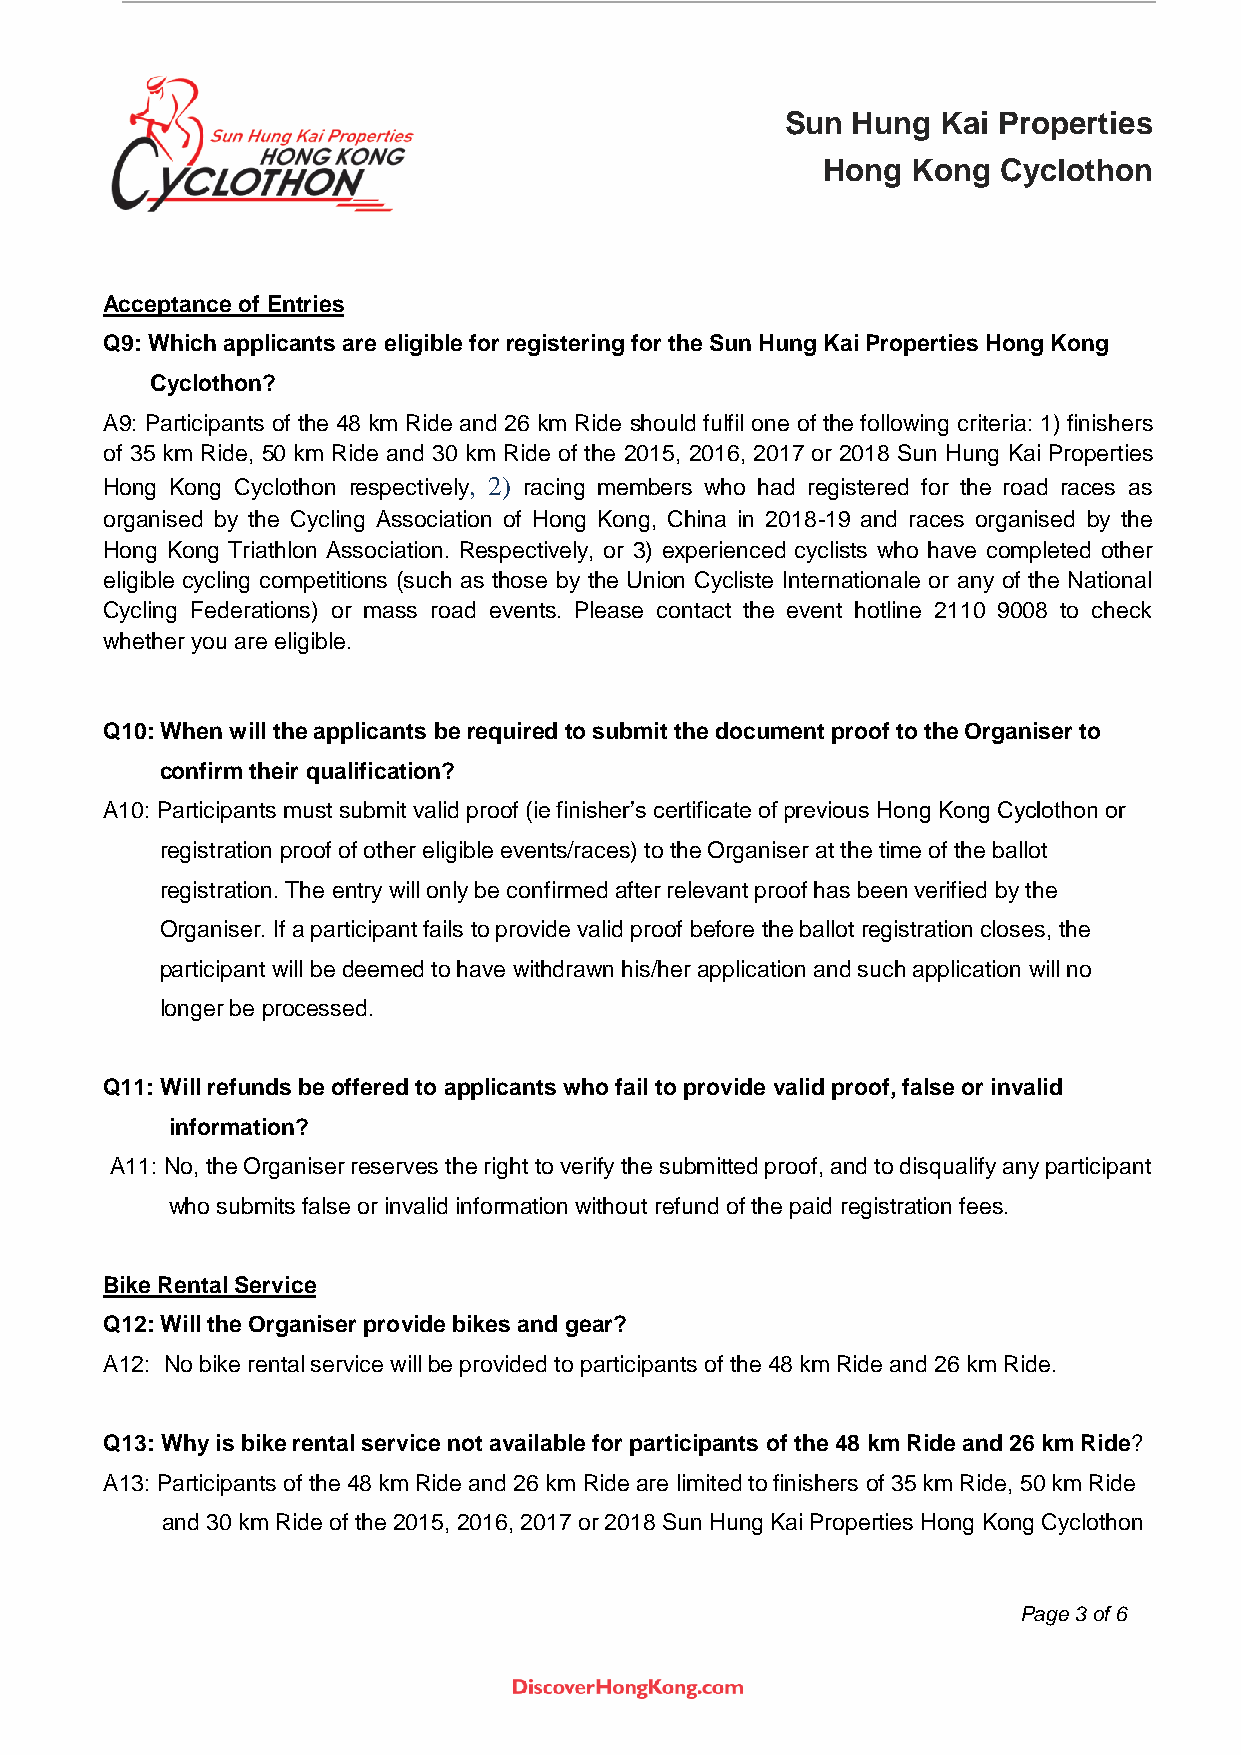
Sun Hung  Kai Properties
 Hong  Kong  Cyclothon
 Acceptance of Entries
 Q9: Which applicants are eligible for registering for the Sun Hung Kai Properties Hong Kong
 Cyclothon?
 A9: Participants of the 48 km Ride and 26 km Ride should fulfil one of the following criteria: 1) finishers
 of 35 km Ride, 50 km Ride and 30 km Ride of the 2015, 2016, 2017 or 2018 Sun Hung Kai Properties
 Hong Kong Cyclothon respectively, 2) racing members who had registered for the road races as
 organised by the Cycling Association of Hong Kong, China in 2018-19 and races organised by the
 Hong Kong Triathlon Association. Respectively, or 3) experienced cyclists who have completed other
 eligible cycling competitions (such as those by the Union Cycliste Internationale or any of the National
 Cycling Federations) or mass road events. Please contact the event hotline 2110 9008 to check
 whether you are eligible.
 Q10: When will the applicants be required to submit the document proof to the Organiser to
 confirm their qualification?
 A10: Participants must submit valid proof (ie finisher’s certificate of previous Hong Kong Cyclothon or
 registration proof of other eligible events/races) to the Organiser at the time of the ballot
 registration. The entry will only be confirmed after relevant proof has been verified by the
 Organiser. If a participant fails to provide valid proof before the ballot registration closes, the
 participant will be deemed to have withdrawn his/her application and such application will no
 longer be processed.
 Q11: Will refunds be offered to applicants who fail to provide valid proof, false or invalid
 information?
 A11: No, the Organiser reserves the right to verify the submitted proof, and to disqualify any participant
 who submits false or invalid information without refund of the paid registration fees.
 Bike Rental Service
 Q12: Will the Organiser provide bikes and gear?
 A12: No bike rental service will be provided to participants of the 48 km Ride and 26 km Ride.
 Q13: Why is bike rental service not available for participants of the 48 km Ride and 26 km Ride?
 A13: Participants of the 48 km Ride and 26 km Ride are limited to finishers of 35 km Ride, 50 km Ride
 and 30 km Ride of the 2015, 2016, 2017 or 2018 Sun Hung Kai Properties Hong Kong Cyclothon
 Page 3 of 6